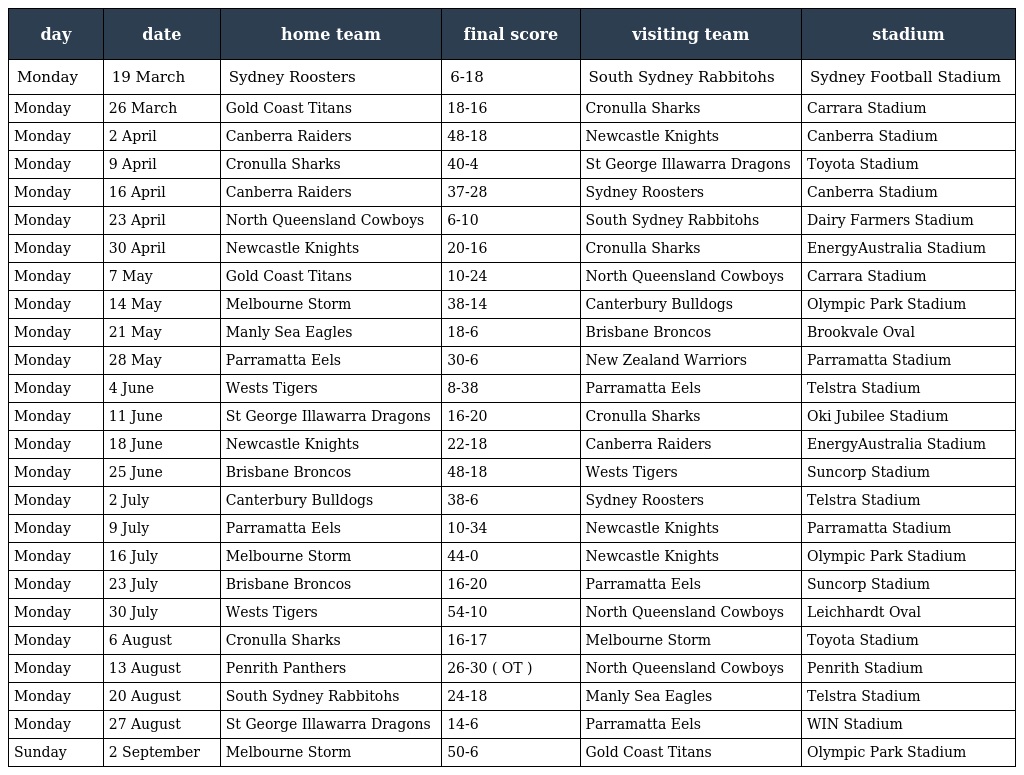
| day | date | home team | final score | visiting team | stadium |
 | --- | --- | --- | --- | --- | --- |
 | Monday | 19 March | Sydney Roosters | 6-18 | South Sydney Rabbitohs | Sydney Football Stadium |
 | Monday | 26 March | Gold Coast Titans | 18-16 | Cronulla Sharks | Carrara Stadium |
 | Monday | 2 April | Canberra Raiders | 48-18 | Newcastle Knights | Canberra Stadium |
 | Monday | 9 April | Cronulla Sharks | 40-4 | St George Illawarra Dragons | Toyota Stadium |
 | Monday | 16 April | Canberra Raiders | 37-28 | Sydney Roosters | Canberra Stadium |
 | Monday | 23 April | North Queensland Cowboys | 6-10 | South Sydney Rabbitohs | Dairy Farmers Stadium |
 | Monday | 30 April | Newcastle Knights | 20-16 | Cronulla Sharks | EnergyAustralia Stadium |
 | Monday | 7 May | Gold Coast Titans | 10-24 | North Queensland Cowboys | Carrara Stadium |
 | Monday | 14 May | Melbourne Storm | 38-14 | Canterbury Bulldogs | Olympic Park Stadium |
 | Monday | 21 May | Manly Sea Eagles | 18-6 | Brisbane Broncos | Brookvale Oval |
 | Monday | 28 May | Parramatta Eels | 30-6 | New Zealand Warriors | Parramatta Stadium |
 | Monday | 4 June | Wests Tigers | 8-38 | Parramatta Eels | Telstra Stadium |
 | Monday | 11 June | St George Illawarra Dragons | 16-20 | Cronulla Sharks | Oki Jubilee Stadium |
 | Monday | 18 June | Newcastle Knights | 22-18 | Canberra Raiders | EnergyAustralia Stadium |
 | Monday | 25 June | Brisbane Broncos | 48-18 | Wests Tigers | Suncorp Stadium |
 | Monday | 2 July | Canterbury Bulldogs | 38-6 | Sydney Roosters | Telstra Stadium |
 | Monday | 9 July | Parramatta Eels | 10-34 | Newcastle Knights | Parramatta Stadium |
 | Monday | 16 July | Melbourne Storm | 44-0 | Newcastle Knights | Olympic Park Stadium |
 | Monday | 23 July | Brisbane Broncos | 16-20 | Parramatta Eels | Suncorp Stadium |
 | Monday | 30 July | Wests Tigers | 54-10 | North Queensland Cowboys | Leichhardt Oval |
 | Monday | 6 August | Cronulla Sharks | 16-17 | Melbourne Storm | Toyota Stadium |
 | Monday | 13 August | Penrith Panthers | 26-30 ( OT ) | North Queensland Cowboys | Penrith Stadium |
 | Monday | 20 August | South Sydney Rabbitohs | 24-18 | Manly Sea Eagles | Telstra Stadium |
 | Monday | 27 August | St George Illawarra Dragons | 14-6 | Parramatta Eels | WIN Stadium |
 | Sunday | 2 September | Melbourne Storm | 50-6 | Gold Coast Titans | Olympic Park Stadium |